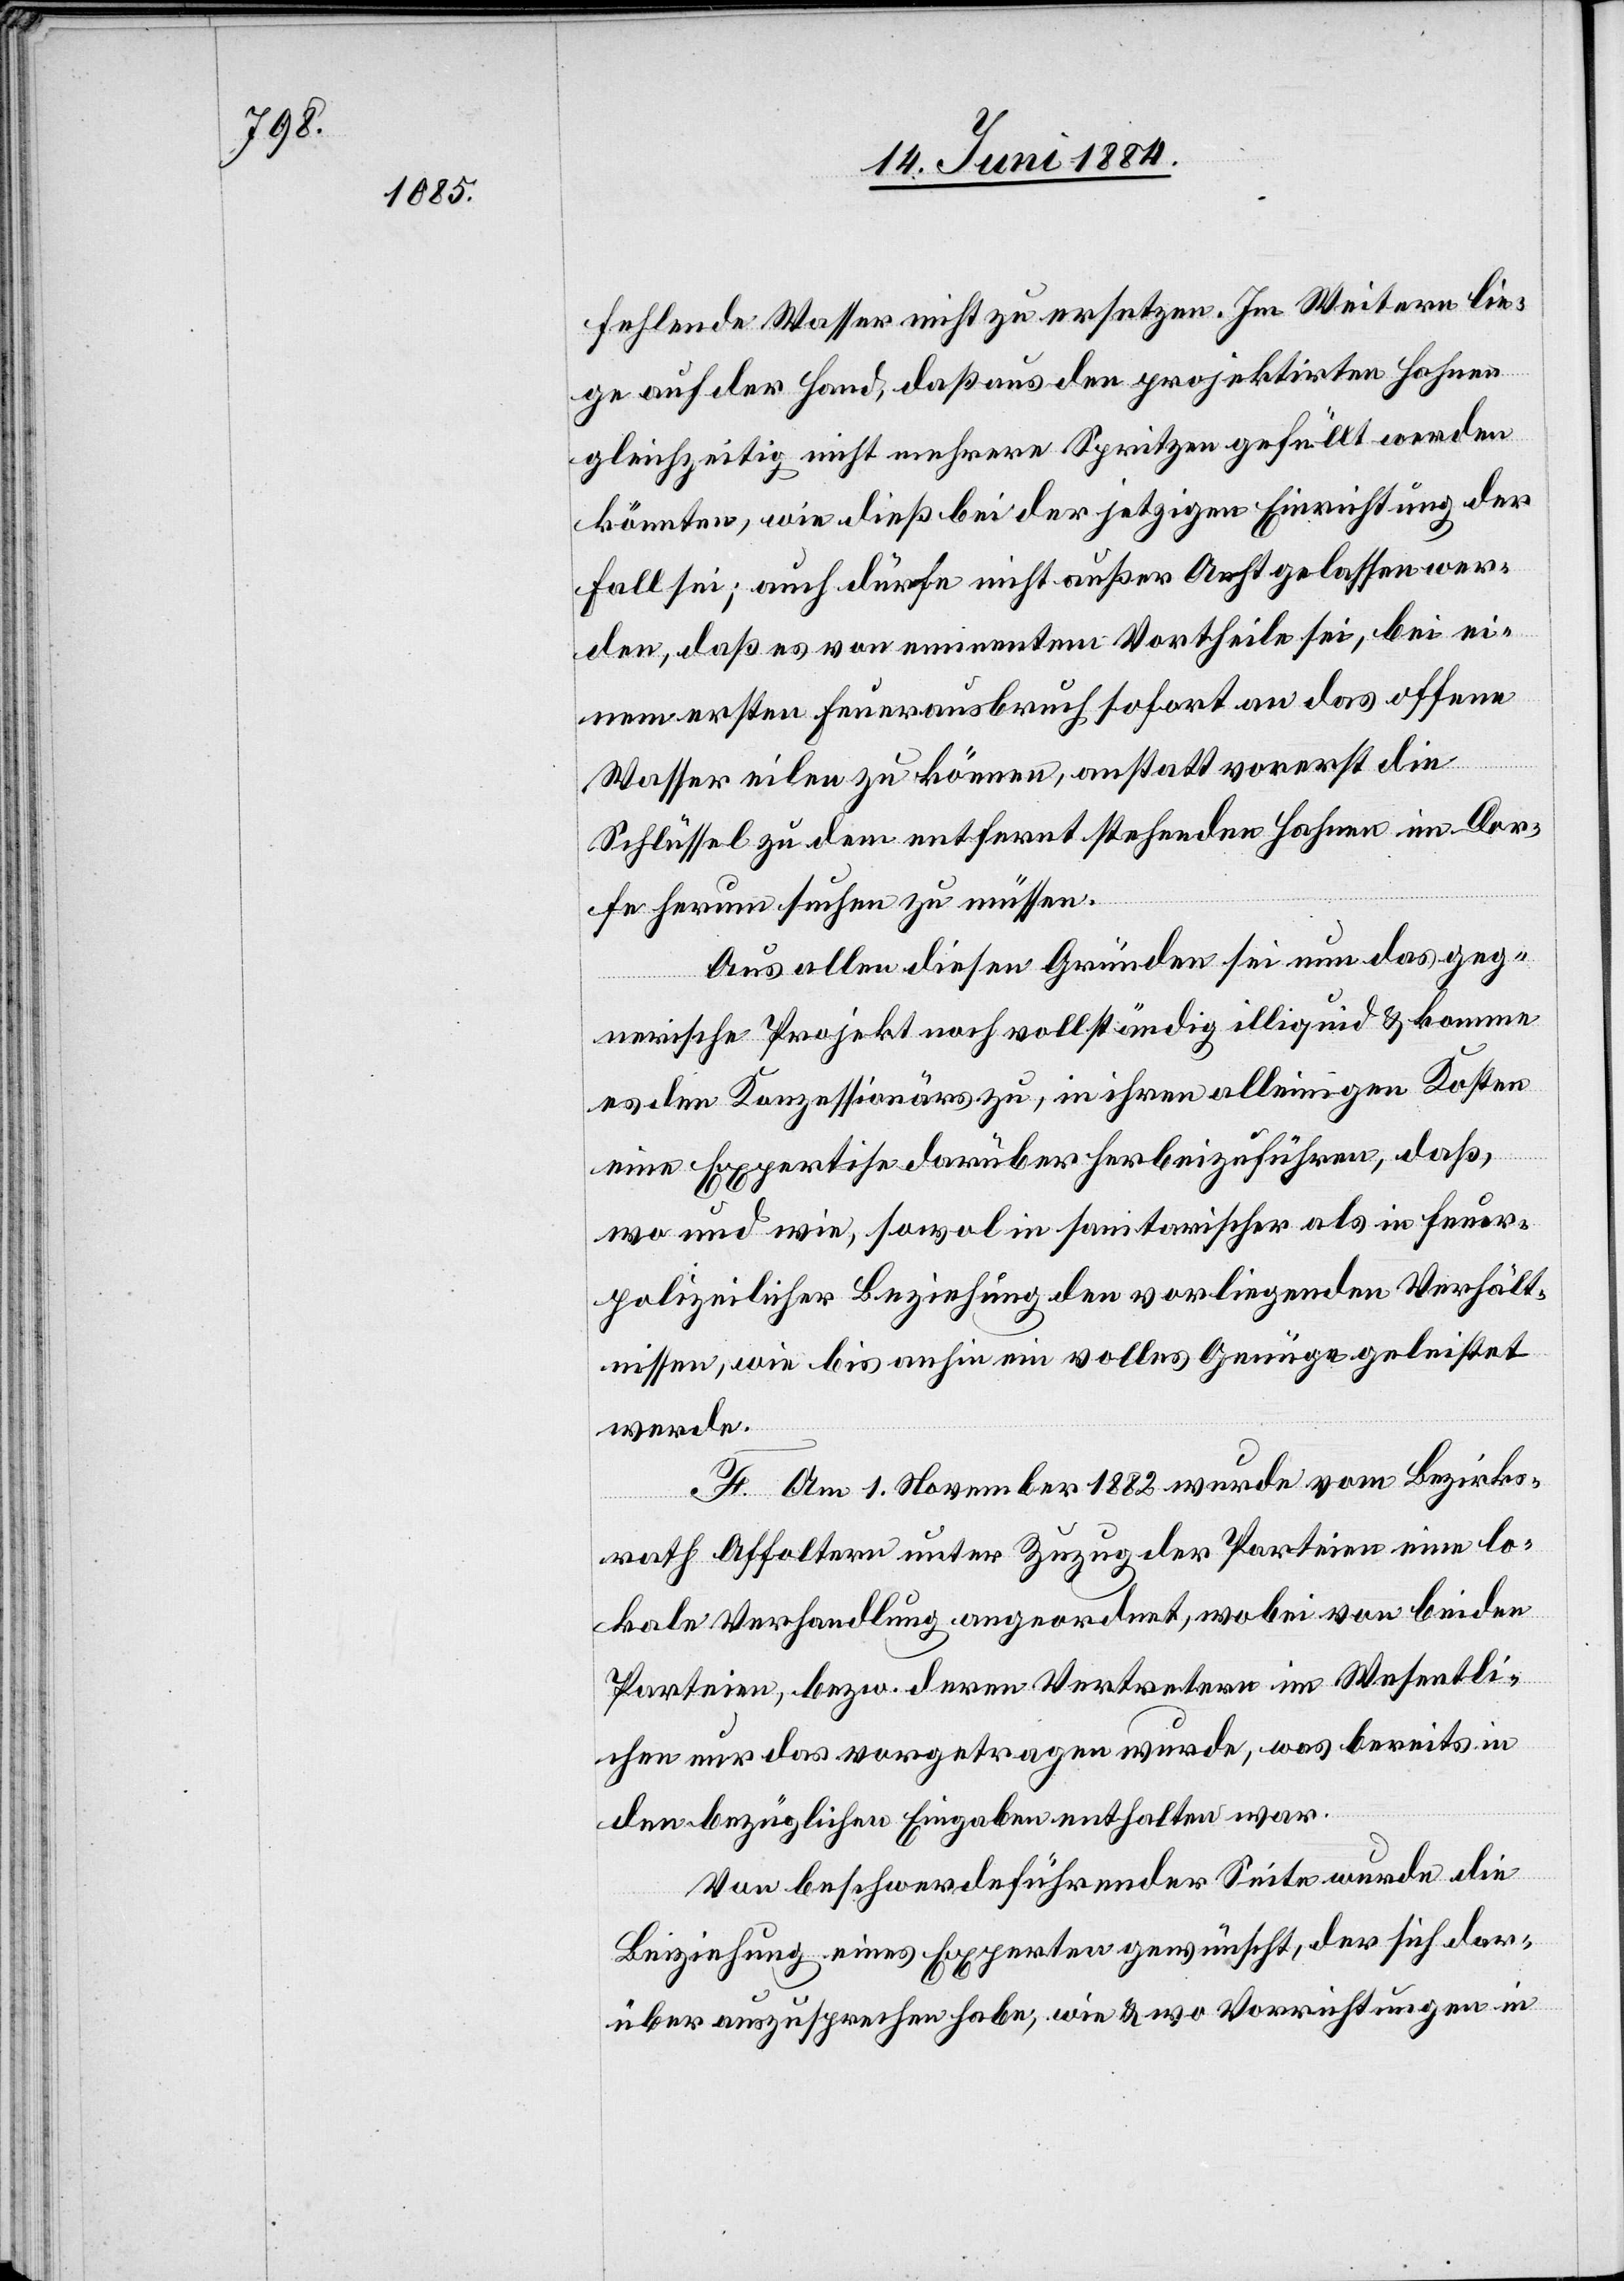
fehlende Wasser nicht zu ersetzen. Im Weitern lie¬
ge auf der Hand, daß aus den projektirten Hahnen
gleichzeitig nicht mehrere Spritzen gefüllt werden
könnten, wie dieß bei der jetzigen Einrichtung der
Fall sei; auch dürfe nicht außer Acht gelassen wer¬
den, daß es von eminentem Vortheile sei, bei ei¬
nem ersten Feuerausbruch sofort an das offene
Wasser eilen zu können, anstatt vorerst die
Schlüssel zu dem entfernt stehenden Hahnen im Dor¬
fe herum suchen zu müssen.
Aus allen diesen Gründen sei nun das geg¬
nerische Projekt noch vollständig illiquid & komme
es den Konzessionärs zu, in ihren alleinigen Kosten
eine Expertise darüber herbeizuführen, daß,
wo und wie, sowol in sanitarischer als in feuer¬
polizeilicher Beziehung den vorliegenden Verhält¬
nissen, wie bis anhin ein volles Genüge geleistet
werde.
F. Am 1. November 1882 wurde vom Bezirks¬
rath Affoltern unter Zuzug der Parteien eine lo¬
kale Verhandlung angeordnet, wobei von beiden
Parteien, bezw. deren Vertretern im Wesentli¬
chen nur das vorgetragen wurde, was bereits in
den bezüglichen Eingaben enthalten war.
Von beschwerdeführender Seite wurde die
Beiziehung eines Experten gewünscht, der sich dar¬
über auszusprechen habe, wie & wo Vorrichtungen in